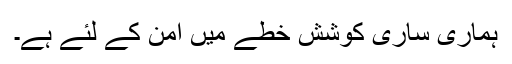
ہماری ساری کوشش خطے میں امن کے لئے ہے۔